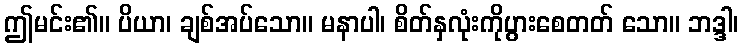
ဤမင်း၏။ ပိယာ၊ ချစ်အပ်သော။ မနာပါ၊ စိတ်နှလုံးကိုပွားစေတတ် သော။ ဘဒ္ဒါ၊